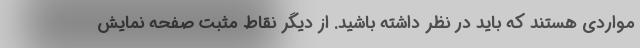
مواردی هستند که باید در نظر داشته باشید. از دیگر نقاط مثبت صفحه نمایش